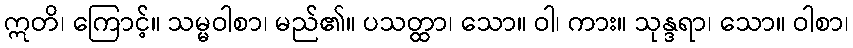
ဣတိ၊ ကြောင့်။ သမ္မဝါစာ၊ မည်၏။ ပသတ္ထာ၊ သော။ ဝါ၊ ကား။ သုန္ဒရာ၊ သော။ ဝါစာ၊